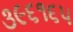
૩૯૬૧૬૫